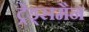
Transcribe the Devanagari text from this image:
ट्रेड्समैन